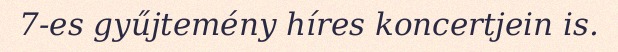
7-es gyűjtemény híres koncertjein is.